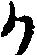
か